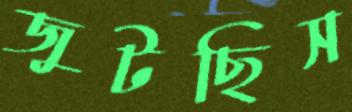
জুটছিস